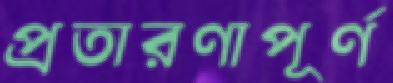
প্রতারণাপূর্ণ